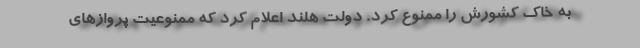
به خاک کشورش را ممنوع کرد. دولت هلند اعلام کرد که ممنوعیت پروازهای